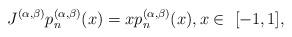
LaTeX: \begin{align*}J^{(\alpha,\beta)}p^{(\alpha,\beta)}_n(x)=xp_n^{(\alpha,\beta)}(x),x\in\ [-1,1],\end{align*}